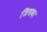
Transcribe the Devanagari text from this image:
शिवका